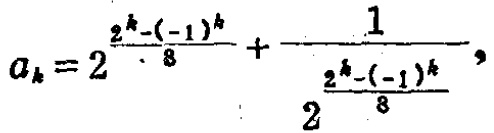
\[a_{k}=2^{\frac{2^{k}-(-1)^{k}}{8}}+\frac{1}{2^{\frac{2^{k}-(-1)^{k}}{8}}}\]